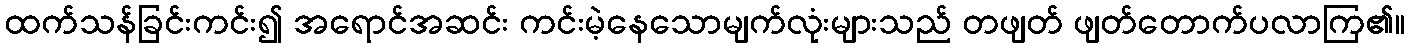
ထက်သန်ခြင်းကင်း၍ အရောင်အဆင်း ကင်းမဲ့နေသောမျက်လုံးများသည် တဖျတ် ဖျတ်တောက်ပလာကြ၏။